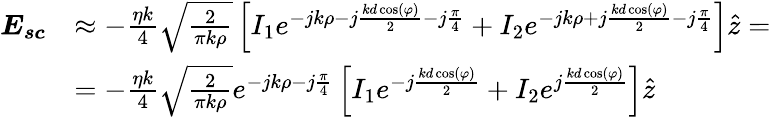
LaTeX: \begin{array}{rl}{\boldsymbol{E_{sc}}}&{\approx-\frac{\eta k}{4}\sqrt{\frac{2}{\pi k\rho}}\left[I_{1}e^{-jk\rho-j\frac{kd\cos(\varphi)}{2}-j\frac{\pi}{4}}+I_{2}e^{-jk\rho+j\frac{kd\cos(\varphi)}{2}-j\frac{\pi}{4}}\right]\hat{z}=}\\ &{=-\frac{\eta k}{4}\sqrt{\frac{2}{\pi k\rho}}e^{-jk\rho-j\frac{\pi}{4}}\left[I_{1}e^{-j\frac{kd\cos(\varphi)}{2}}+I_{2}e^{j\frac{kd\cos(\varphi)}{2}}\right]\hat{z}}\end{array}